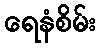
ရေနံစိမ်း